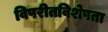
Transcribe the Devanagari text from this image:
विपरीतविशेषता